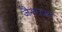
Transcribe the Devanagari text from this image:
जैनराजा